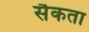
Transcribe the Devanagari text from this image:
सैकता